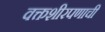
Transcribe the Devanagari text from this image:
वक्तशीरपणाची